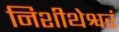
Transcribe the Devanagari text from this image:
निशीथेश्वरं